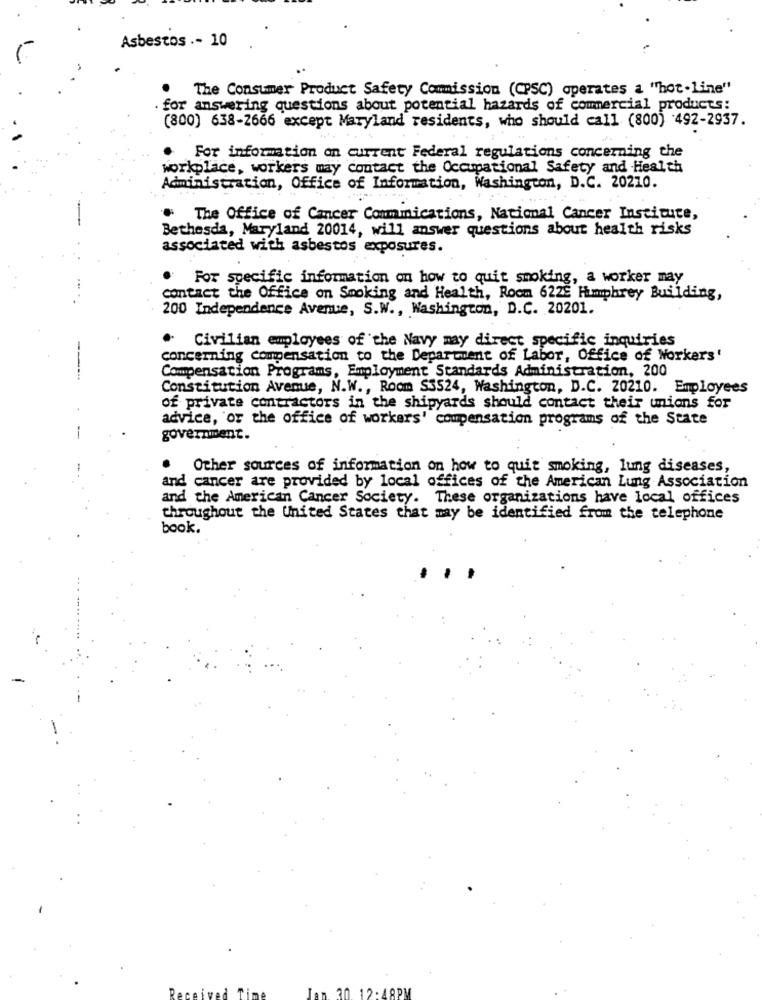
Asbestos .- 10
The Consumer Product Safety Commission (CPSC) operates a "hot.line"
. for answering questions about potential hazards of commercial products:
(800) 638-2666 except Maryland residents, who should call (800) 492-2937.
For information on current Federal regulations concerning the
workplace, workers may contact the Occupational Safety and Health
Administration, Office of Information, Washington, D.C. 20210.
The Office of Cancer Communications, National Cancer Institute,
Bethesda, Maryland 20014, will answer questions about health risks
associated with asbestos exposures.
For specific information on how to quit smoking, a worker may
contact the Office on Smoking and Health, Room 622E Humphrey Building,
200 Independence Avenue, S.W ., Washington, D.C. 20201.
.
Civilian employees of the Navy may direct specific inquiries
concerning compensation to the Department of Labor, Office of Workers'
Compensation Programs, Employment Standards Administration, 200
Constitution Avenue, N.W ., Room S3524, Washington, D.C. 20210. Employees
of private contractors in the shipyards should contact their unions for
advice, or the office of workers' compensation programs of the State
government.
Other sources of information on how to quit smoking, lung diseases,
and cancer are provided by local offices of the American Lung Association
and the American Cancer Society. These organizations have local offices
throughout the United States that may be identified from the telephone
book.
Jan 30. 12:48PM